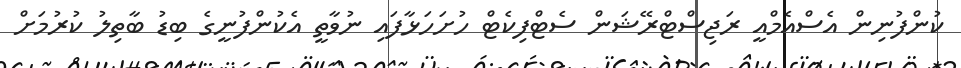
ކުންފުނިން އެސްއެމްއީ ރަޖިސްޓްރޭޝަން ސެޓްފިކެޓް ހުށަހަޅާފައި ނުވާތީ އެކުންފުނީގެ ބިޑު ބާތިލު ކުރުމަށް